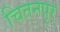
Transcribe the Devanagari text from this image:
चितनपुर